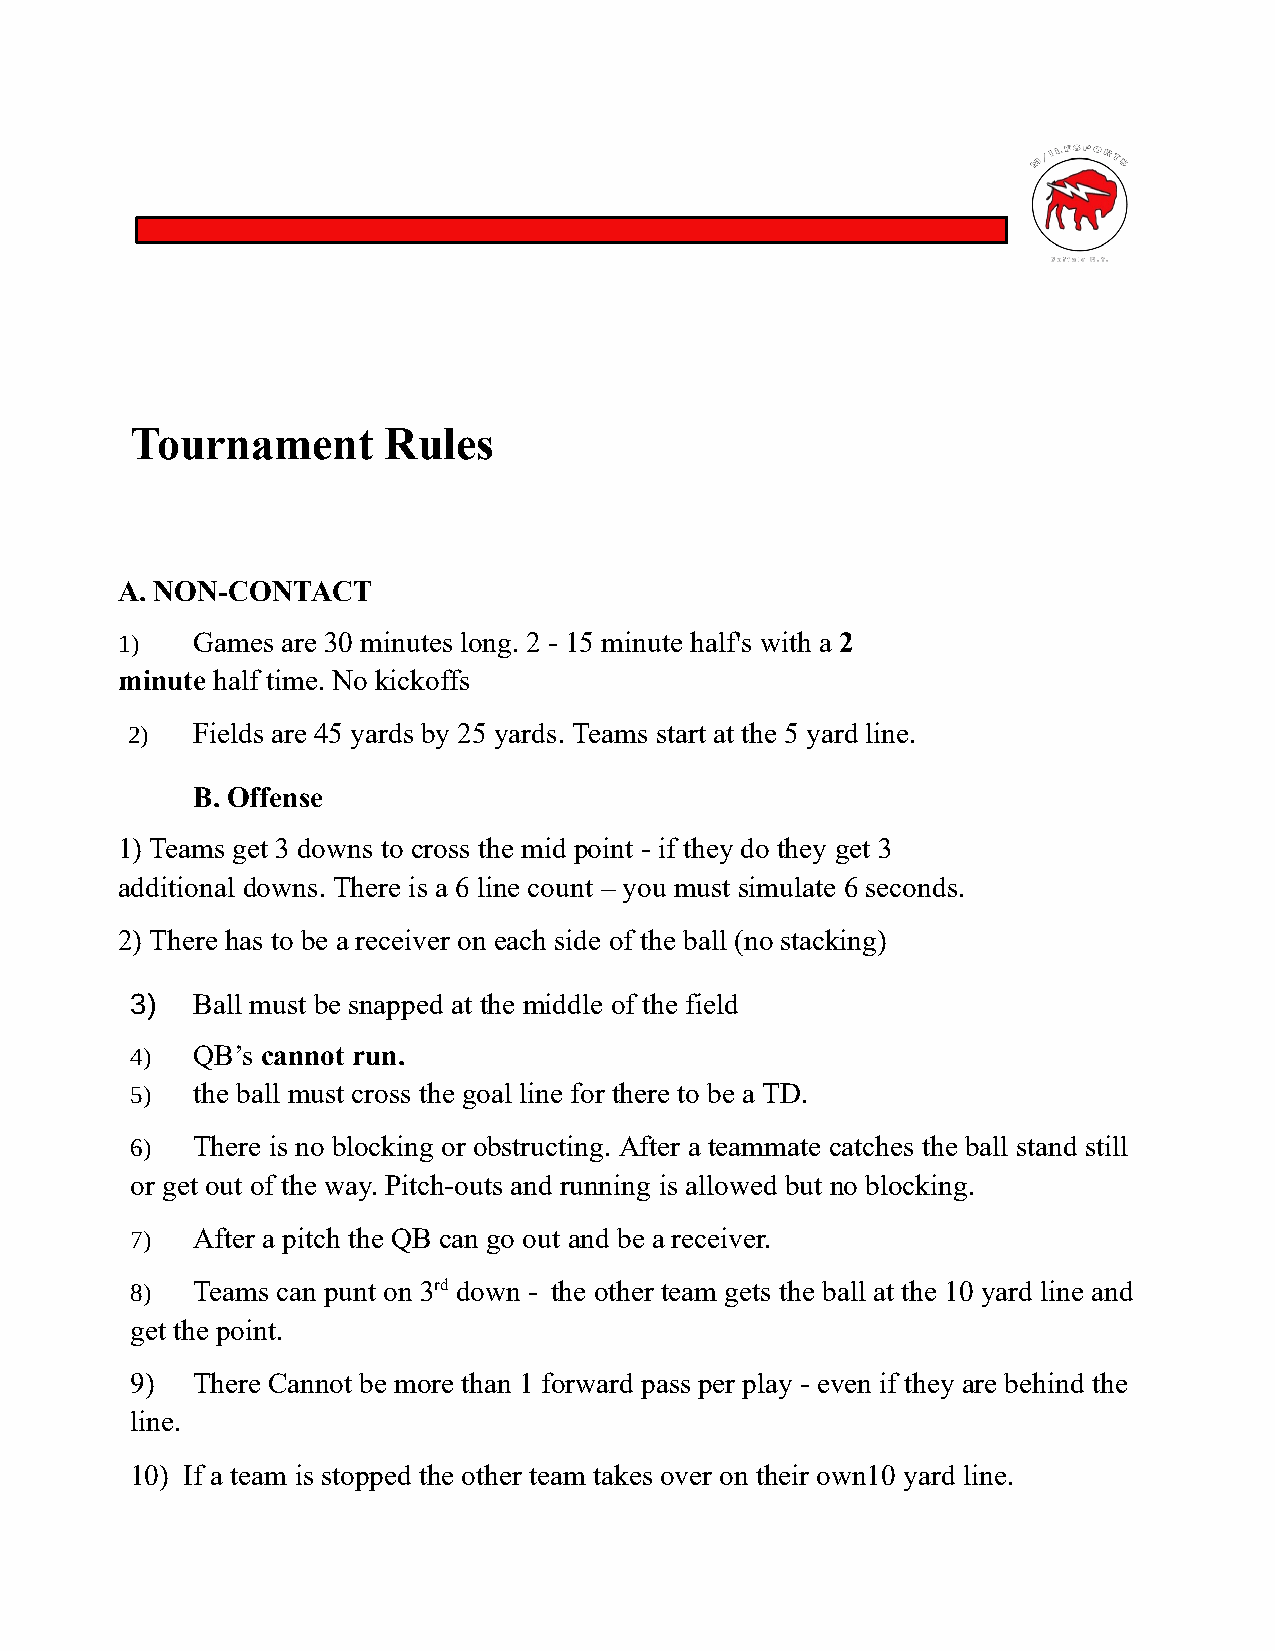
Tournament      Rules
 A. NON-CONTACT
 1)   Games are 30 minutes long. 2 - 15 minute half's with a 2
 minute half time. No kickoffs
 2)   Fields are 45 yards by 25 yards. Teams start at the 5 yard line.
 B. Offense
 1) Teams get 3 downs to cross the mid point - if they do they get 3
 additional downs. There is a 6 line count – you must simulate 6 seconds.
 2) There has to be a receiver on each side of the ball (no stacking)
 3)  Ball must be snapped at the middle of the field
 4)  QB’s cannot run.
 5)  the ball must cross the goal line for there to be a TD.
 6)  There is no blocking or obstructing. After a teammate catches the ball stand still
 or get out of the way. Pitch-outs and running is allowed but no blocking.
 7)  After a pitch the QB can go out and be a receiver.
 8)  Teams can punt on 3rd down - the other team gets the ball at the 10 yard line and
 get the point.
 9)  There Cannot be more than 1 forward pass per play - even if they are behind the
 line.
 10) If a team is stopped the other team takes over on their own10 yard line.